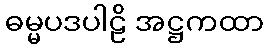
ဓမ္မပဒပါဠိ အဋ္ဌကထာ